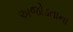
અજોડતાના